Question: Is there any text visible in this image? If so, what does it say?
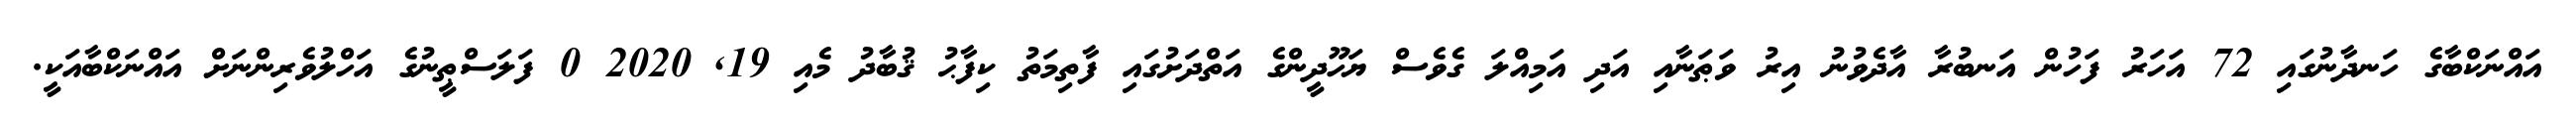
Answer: އައްނަކްބާގެ ހަނދާނުގައި 72 އަހަރު ފަހުން އަނބުރާ އާދެވުނު އިރު ވަޠަނާއި އަދި އަމިއްލަ ގެވެސް ޔަހޫދީންގެ އަތްދަށުގައި ފާތިމަތު ކިފާޙު ޤުބާދު މެއި 19, 2020 0 ފަލަސްޠީނުގެ އަހްލުވެރިންނަށް އައްނަކްބާއަކީ.